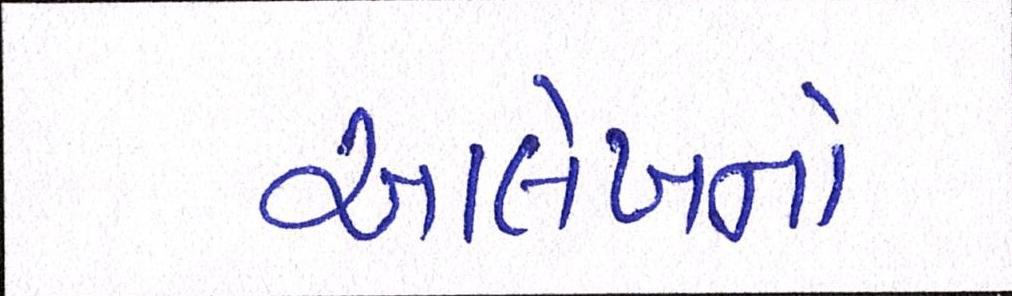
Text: આલેખનો